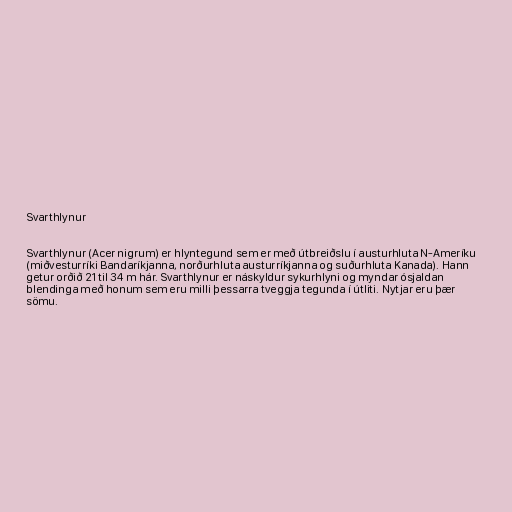
Svarthlynur

Svarthlynur (Acer nigrum) er hlyntegund sem er með útbreiðslu í austurhluta N-Ameríku
(miðvesturríki Bandaríkjanna, norðurhluta austurríkjanna og suðurhluta Kanada). Hann
getur orðið 21 til 34 m hár. Svarthlynur er náskyldur sykurhlyni og myndar ósjaldan
blendinga með honum sem eru milli þessarra tveggja tegunda í útliti. Nytjar eru þær
sömu.